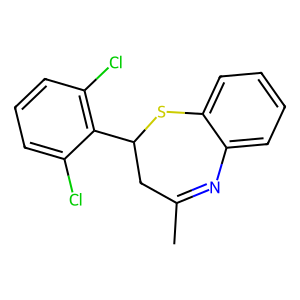
SMILES: CC1=Nc2ccccc2SC(c2c(Cl)cccc2Cl)C1
Inhibits HIV replication: No